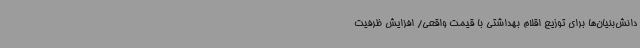
دانش‌بنیان‌ها برای توزیع اقلام بهداشتی با قیمت واقعی/ افزایش ظرفیت